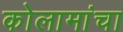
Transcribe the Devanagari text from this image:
कोलामांचा